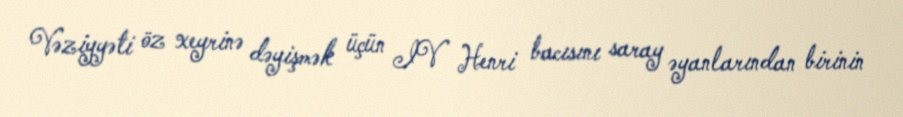
Vəziyyəti öz xeyrinə dəyişmək üçün IV Henri bacısını saray əyanlarından birinin